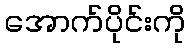
အောက်ပိုင်းကို